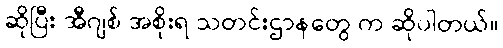
ဆိုပြီး အီဂျစ် အစိုးရ သတင်းဌာနတွေ က ဆိုပါတယ်။